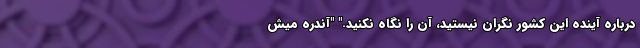
درباره آینده این کشور نگران نیستید، آن را نگاه نکنید." "آندره میش